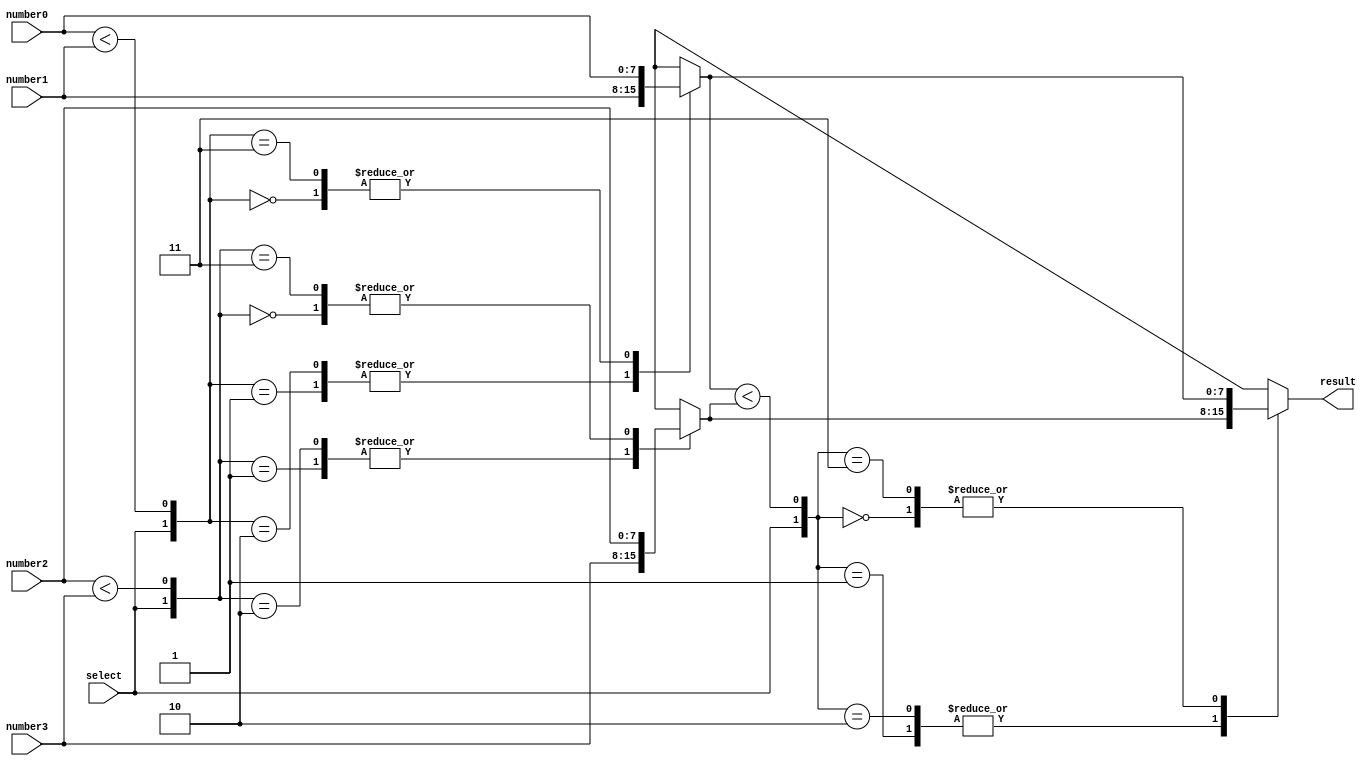
module MMS_4num(result, select, number0, number1, number2, number3);

input  select;
input  [7:0] number0;
input  [7:0] number1;
input  [7:0] number2;
input  [7:0] number3;
output [7:0] result; 

reg [7:0] result1, result2, result3;
wire [1:0] mux1, mux2, mux;

assign mux[1] = select;
assign mux1[1] = select;
assign mux2[1] = select;
assign mux1[0] = (number0 < number1) ;
assign mux2[0] = (number2 < number3) ;

always @* begin
	case (mux1)
		2'b00 : result1 = number0;
		2'b01 : result1 = number1;
		2'b10 : result1 = number1;
		2'b11 : result1 = number0;
	endcase
	case (mux2)
		2'b00 : result2 = number2;
		2'b01 : result2 = number3;
		2'b10 : result2 = number3;
		2'b11 : result2 = number2;
	endcase
end

assign mux[0] = (result1 < result2);
always @* begin
	case (mux)
		2'b00 : result3 = result1;
		2'b01 : result3 = result2;
		2'b10 : result3 = result2;
		2'b11 : result3 = result1;
	endcase
end

assign result = result3;

endmodule